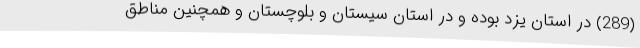
(289) در استان یزد بوده و در استان سیستان و بلوچستان و همچنین مناطق